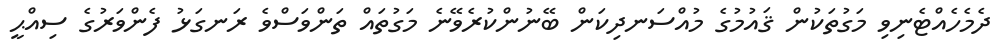
ދެމެހެއްޓެނިވި މަގުތަކުން ޤައުމުގެ މުއްސަނދިކަން ބޭނުންކުރެވޭނެ މަގުތައް ތަންވަސްވެ ރަނގަޅު ފެންވަރުގެ ސިއްޙީ